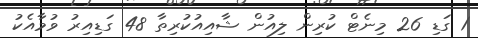
1 ގަޑި 26 މިނެޓް ކުރިން ލިއުން ޝާއިއުކުރިތާ 48 ގަޑިއިރު ވުމާއެކު